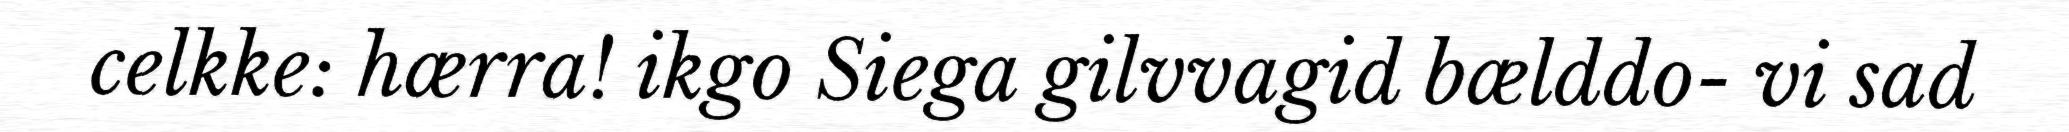
celkke: hærra! ikgo Siega gilvvagid bælddo- vi sad